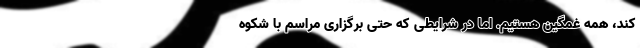
کند، همه غمگین هستیم. اما در شرایطی که حتی برگزاری مراسم با شکوه